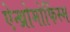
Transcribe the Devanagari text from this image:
ऐन्थ्रोमोर्फिस्म